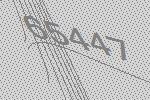
65447